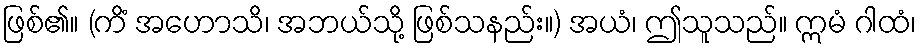
ဖြစ်၏။ (ကိံ အဟောသိ၊ အဘယ်သို့ ဖြစ်သနည်း။) အယံ၊ ဤသူသည်။ ဣမံ ဂါထံ၊